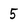
Character: 5